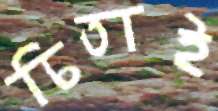
চিতাই